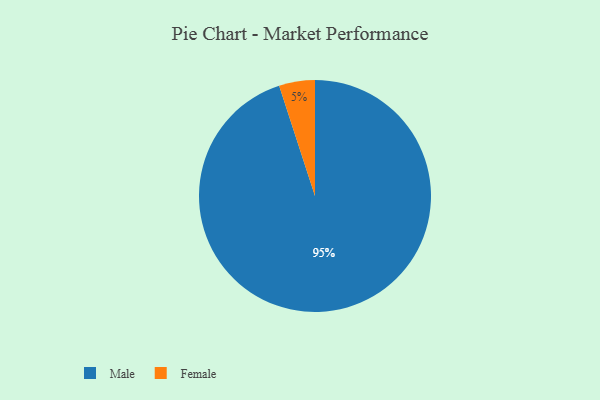
{"axis": {"x": "Category", "y": "Percentage"}, "legend": ["Female", "Male"], "data": [{"x": "Male", "y": 95, "type": "Male"}, {"x": "Female", "y": 5, "type": "Female"}]}